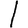
Digit: 1